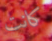
كانت